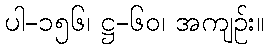
ပါ-၁၅၆၊ ဋ္ဌ-၆၀၊ အကျဉ်း။